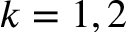
k = 1 , 2